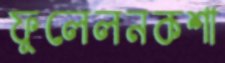
ফুলেলনকশা